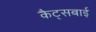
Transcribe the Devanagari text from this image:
कैट्सबाई